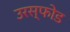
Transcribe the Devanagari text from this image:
उरस्फोड